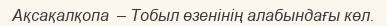
Ақсақалқопа  – Тобыл өзенінің алабындағы көл.